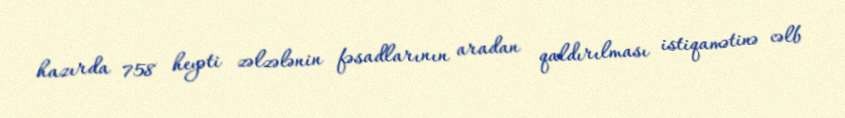
hazırda 758 heyəti zəlzələnin fəsadlarının aradan qaldırılması istiqamətinə cəlb